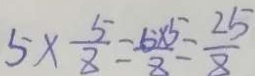
5 \times \frac { 5 } { 8 } = \frac { 5 \times 5 } { 8 } = \frac { 2 5 } { 8 }